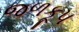
જળકૂપ